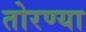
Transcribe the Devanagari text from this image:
तोरण्या